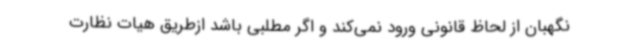
نگهبان از لحاظ قانونی ورود نمی‌کند و اگر مطلبی باشد ازطریق هیات نظارت